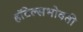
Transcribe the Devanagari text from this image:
हॉटेल्सभोवती